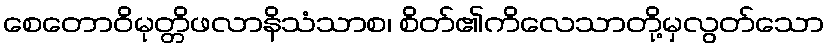
စေတောဝိမုတ္တိဖလာနိသံသာစ၊ စိတ်၏ကိလေသာတို့မှလွတ်သော